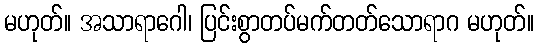
မဟုတ်။ အသာရာဂေါ၊ ပြင်းစွာတပ်မက်တတ်သောရာဂ မဟုတ်။